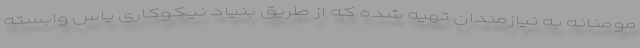
مومنانه به نیازمندان تهیه شده که از طریق بنیاد نیکوکاری یاس وابسته